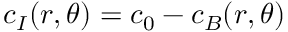
c _ { I } ( r , \theta ) = c _ { 0 } - c _ { B } ( r , \theta )